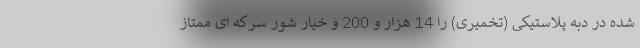
شده در دبه پلاستیکی (تخمیری) را 14 هزار و 200 و خیار شور سرکه ای ممتاز